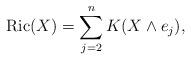
LaTeX: \begin{align*}\textrm{Ric}(X) = \sum_{j=2}^nK(X\wedge e_j),\end{align*}